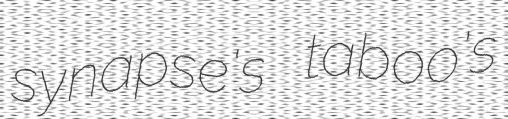
synapse's taboo's